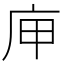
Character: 庘